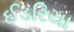
ઈડરિયા